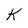
Character: K